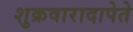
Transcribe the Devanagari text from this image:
शुक्रवारादापेते